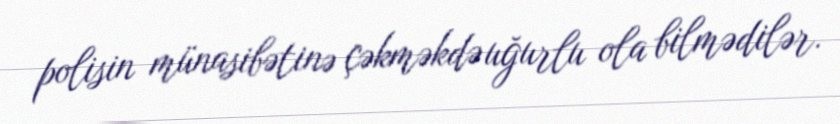
polisin münasibətinə çəkməkdə uğurlu ola bilmədilər.